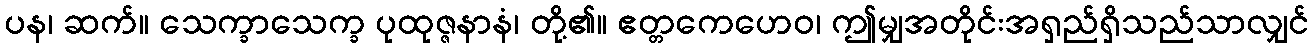
ပန၊ ဆက်။ သေက္ခာသေက္ခ ပုထုဇ္ဇနာနံ၊ တို့၏။ ဧတ္တကေဟေဝ၊ ဤမျှအတိုင်းအရှည်ရှိသည်သာလျှင်